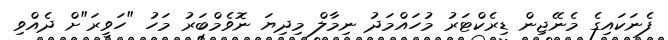
ފެނަކައިގެ މެނޭޖިން ޑިރެކްޓަރު މުހައްމަދު ނިމާލް މިދިޔަ ނޮވެމްބަރު މަހު "ހަވީރަ"ށް ދެއްވި